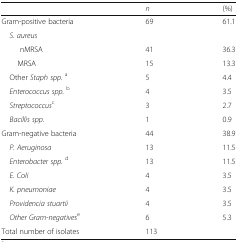
<table><thead><tr><td></td><td><b><i>n</i></b></td><td><b>(%)</b></td></tr></thead><tbody><tr><td>Gram-positive bacteria</td><td>69</td><td>61.1</td></tr><tr><td colspan="3"> <i>S. aureus</i></td></tr><tr><td>nMRSA</td><td>41</td><td>36.3</td></tr><tr><td>MRSA</td><td>15</td><td>13.3</td></tr><tr><td> Other <i>Staph spp.</i><sup>a</sup></td><td>5</td><td>4.4</td></tr><tr><td> <i>Enterococcus spp.</i><sup>b</sup></td><td>4</td><td>3.5</td></tr><tr><td> <i>Streptococcus</i><sup>c</sup></td><td>3</td><td>2.7</td></tr><tr><td> <i>Bacillis spp.</i></td><td>1</td><td>0.9</td></tr><tr><td>Gram-negative bacteria</td><td>44</td><td>38.9</td></tr><tr><td> <i>P. Aeruginosa</i></td><td>13</td><td>11.5</td></tr><tr><td> <i>Enterobacter spp.</i><sup>d</sup></td><td>13</td><td>11.5</td></tr><tr><td> <i>E. Coli</i></td><td>4</td><td>3.5</td></tr><tr><td> <i>K. pneumoniae</i></td><td>4</td><td>3.5</td></tr><tr><td> <i>Providencia stuartii</i></td><td>4</td><td>3.5</td></tr><tr><td> <i>Other Gram-negatives</i><sup>e</sup></td><td>6</td><td>5.3</td></tr><tr><td>Total number of isolates</td><td>113</td><td></td></tr></tbody></table>